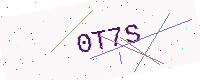
Text: 0T7S